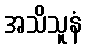
အသိသူနံ